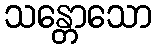
သန္တောသော